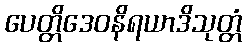
ပေတ္တိဒေဝနိရယာဒိသုတ္တံ